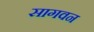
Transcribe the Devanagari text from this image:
सागवन